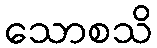
သောစသိ